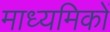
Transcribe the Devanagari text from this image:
माध्यमिकों